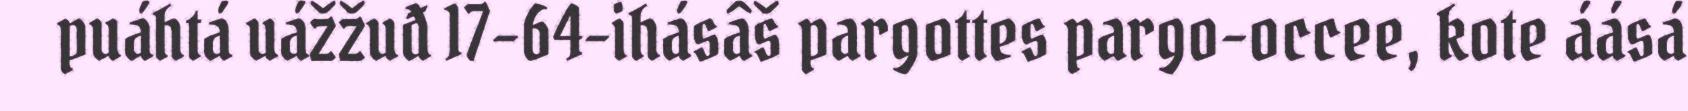
puáhtá uážžuđ 17–64-ihásâš pargottes pargo-occee, kote áásá